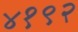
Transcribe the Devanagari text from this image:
४१९२